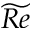
\widetilde { R e }